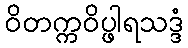
ဝိတက္ကဝိပ္ဖါရသဒ္ဒံ